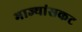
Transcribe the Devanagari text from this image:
भाज्यांसकट